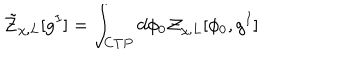
{ \tilde { \cal Z } } _ { \chi , L } [ g ^ { I } ] = \int _ { C T P } d \phi _ { 0 } { \cal Z } _ { \chi , L } [ \phi _ { 0 } , g ^ { I } ]